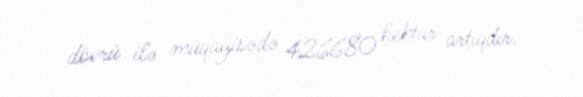
dövrü ilə müqayisədə 426680 hektar artıqdır.